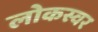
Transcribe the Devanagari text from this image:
लोकस्वर